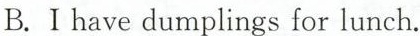
B.Ihave dumplings for lunch.